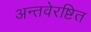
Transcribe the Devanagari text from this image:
अन्तवेरष्टित